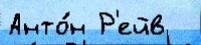
Анто́н Р'ейв